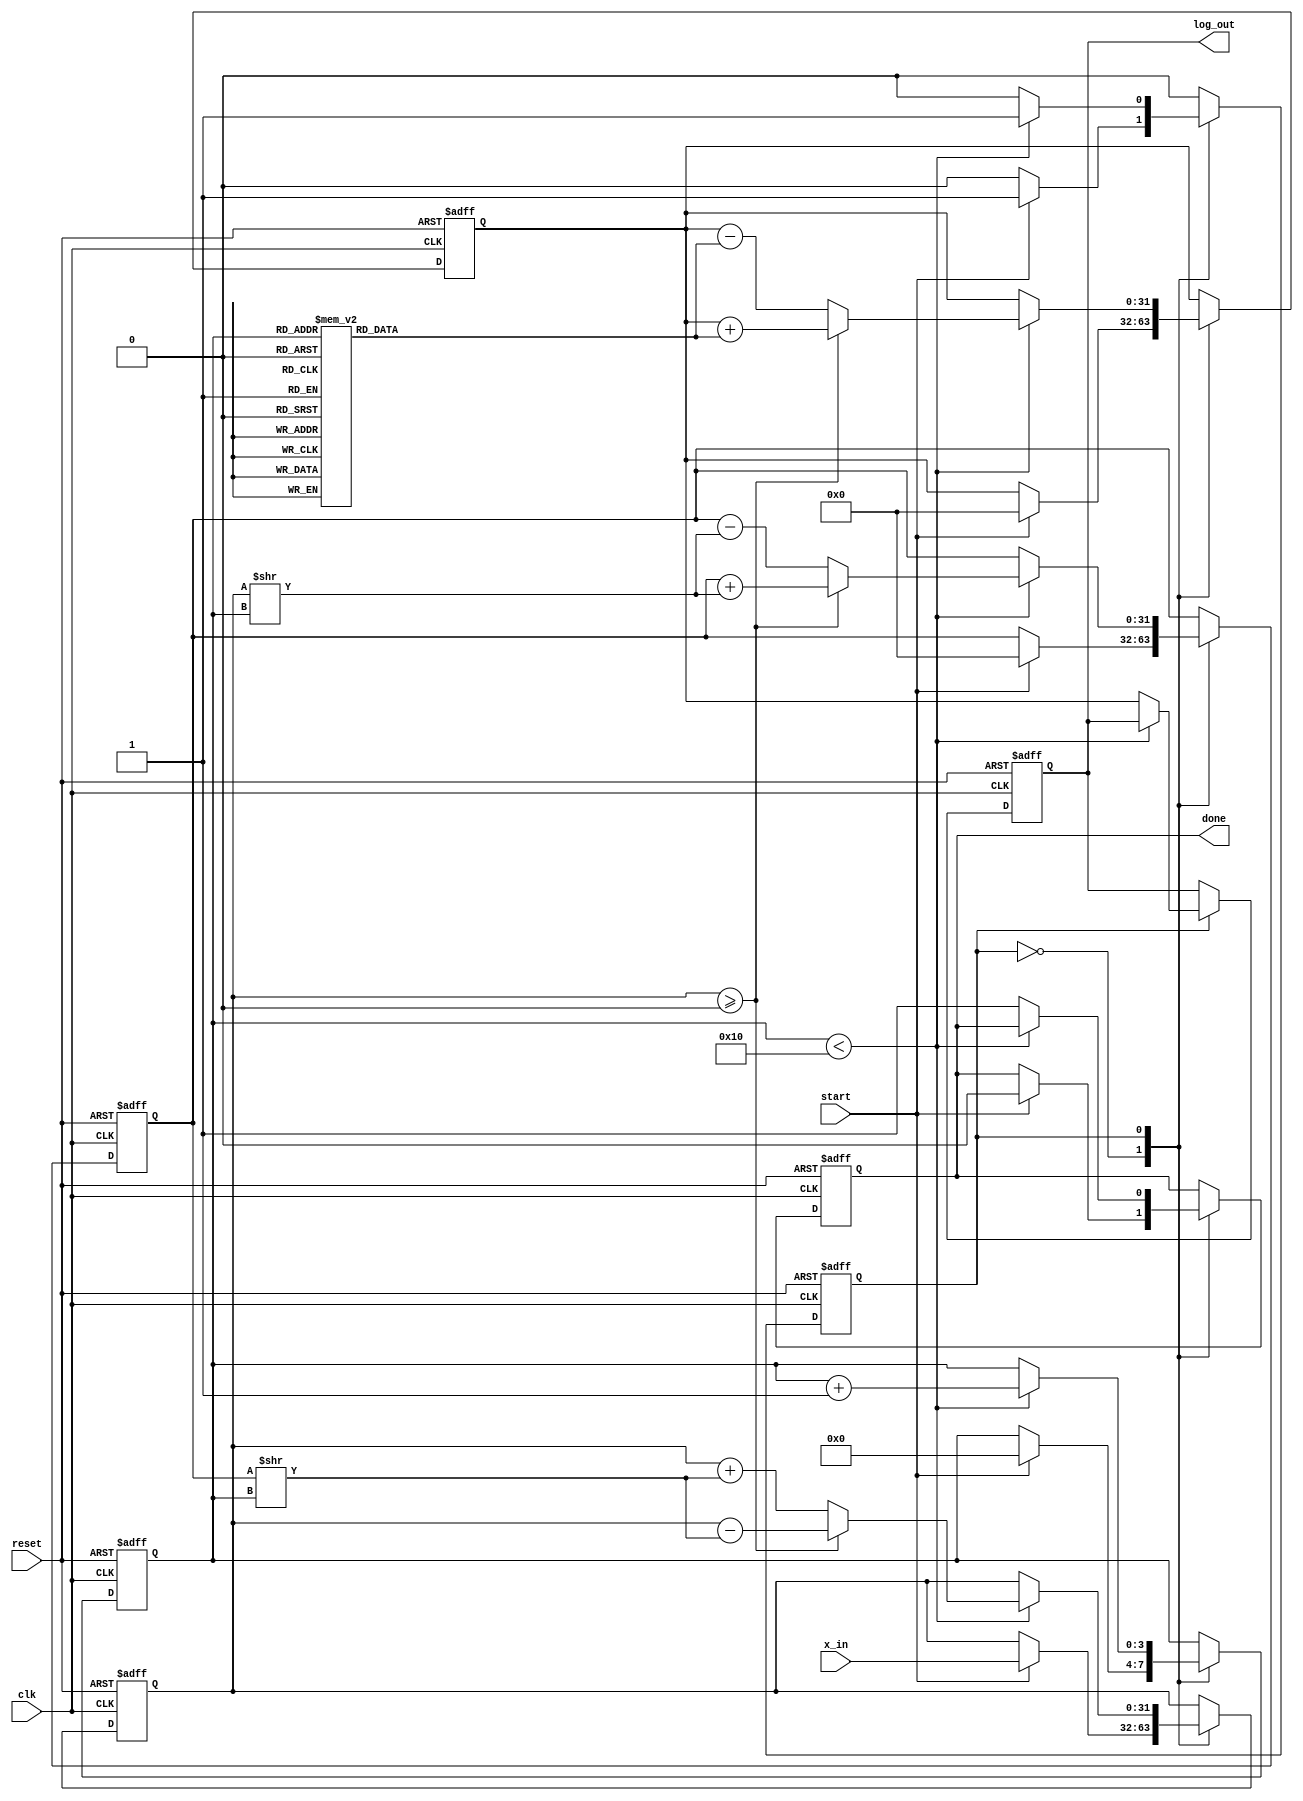
module cordic_logarithm (
    input wire clk,
    input wire reset,
    input wire start,
    input wire [31:0] x_in, // Input: Positive floating-point number
    output reg [31:0] log_out, // Output: Computed logarithm
    output reg done // Status signal: computation complete
);

    // CORDIC parameters
    parameter NUM_ITERATIONS = 16; // Number of iterations for precision
    reg [31:0] atan_table [0:NUM_ITERATIONS-1]; // Lookup table for arctangent values
    reg [31:0] x, y, z; // CORDIC variables
    reg [3:0] iteration; // Iteration counter
    reg state; // State variable for FSM

    // Initialize arctangent values
    initial begin
        atan_table[0] = 32'h00000000; // atan(0) = 0
        atan_table[1] = 32'h3F490FDB; // atan(1/2^1)
        atan_table[2] = 32'h3F22D7D4; // atan(1/2^2)
        atan_table[3] = 32'h3EF8B8D3; // atan(1/2^3)
        // ... Fill the rest of the atan_table
        // atan_table[NUM_ITERATIONS-1] = atan(1/2^(NUM_ITERATIONS-1));
    end

    // State machine for CORDIC computation
    always @(posedge clk or posedge reset) begin
        if (reset) begin
            x <= 0;
            y <= 0;
            z <= 0;
            iteration <= 0;
            log_out <= 0;
            done <= 0;
            state <= 0;
        end else begin
            case (state)
                0: begin // Initialization state
                    if (start) begin
                        // Initialize CORDIC variables
                        x <= x_in; // Input value
                        y <= 0; // Start with y = 0
                        z <= 0; // Start angle
                        iteration <= 0;
                        done <= 0;
                        state <= 1; // Move to iteration state
                    end
                end
                1: begin // CORDIC iteration state
                    if (iteration < NUM_ITERATIONS) begin
                        // Determine direction of rotation
                        if (x >= 0) begin
                            x <= x - (y >> iteration); // x = x - (y * 2^-iteration)
                            y <= y + (x >> iteration); // y = y + (x * 2^-iteration)
                            z <= z + atan_table[iteration]; // Update angle
                        end else begin
                            x <= x + (y >> iteration); // x = x + (y * 2^-iteration)
                            y <= y - (x >> iteration); // y = y - (x * 2^-iteration)
                            z <= z - atan_table[iteration]; // Update angle
                        end
                        iteration <= iteration + 1; // Increment iteration
                    end else begin
                        // Finalize output after iterations
                        log_out <= z; // Output logarithm (in fixed-point representation)
                        done <= 1; // Set done flag
                        state <= 0; // Go back to initialization
                    end
                end
            endcase
        end
    end

endmodule